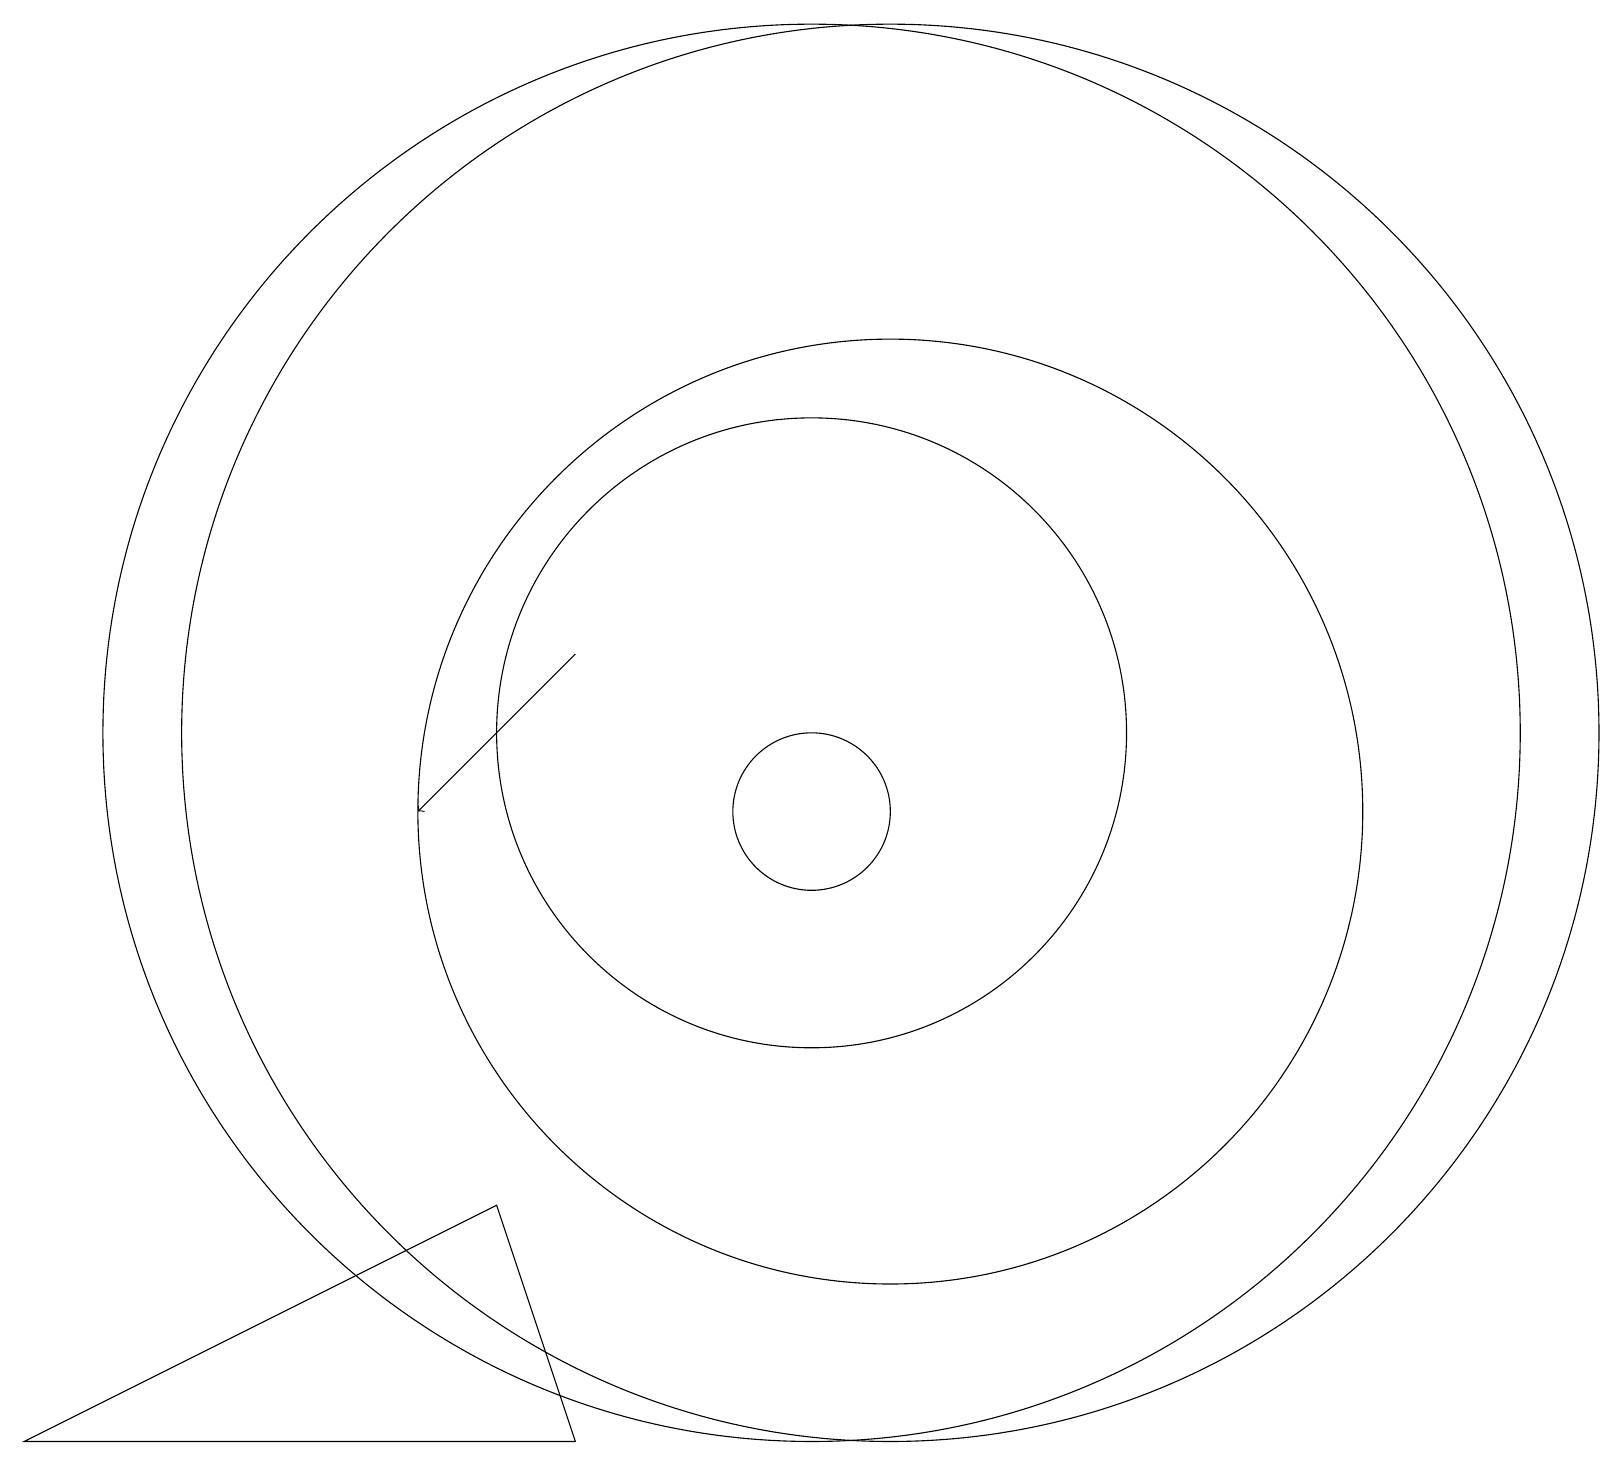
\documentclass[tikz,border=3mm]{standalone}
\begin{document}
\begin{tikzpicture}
\draw (11,11) circle (9);
\draw (0,2) -- (6,5) -- (7,2) -- cycle;
\draw (10,11) circle (9);
\draw (10,11) circle (4);
\draw (10,10) circle (1);
\draw (11,10) circle (6);
\draw[->] (7,12) -- (5,10);
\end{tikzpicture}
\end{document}